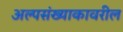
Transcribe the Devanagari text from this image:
अल्पसंख्याकावरील